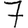
Digit: 7